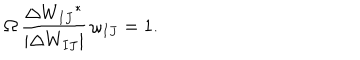
\Omega \, \frac { \Delta { W _ { I J } } ^ { * } } { \left| \Delta W _ { I J } \right| } \, \omega _ { I J } = 1 .